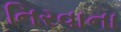
નિરવાના